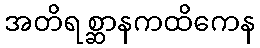
အတိရစ္ဆာနကထိကေန